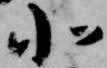
小